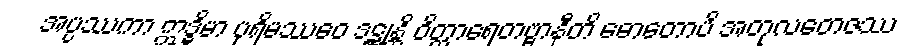
အပ္ပဿကာ ဣဒ္ဓိမာ ပုရိမဿေဝ ဒဋ္ဌုန္တိ ဝိတ္ထာရေတဗ္ဗာနီတိ ဓောတောပိ အတုလတေဇဿ